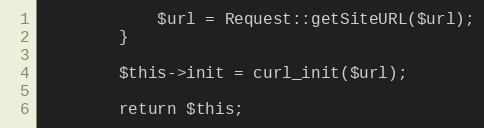
Language: PHP
            $url = Request::getSiteURL($url);
        }

        $this->init = curl_init($url);

        return $this;